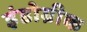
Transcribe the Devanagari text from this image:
इंडोग्रीक